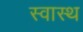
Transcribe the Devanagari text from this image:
स्‍वास्थ